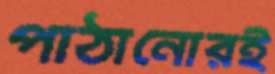
পাঠানোরই